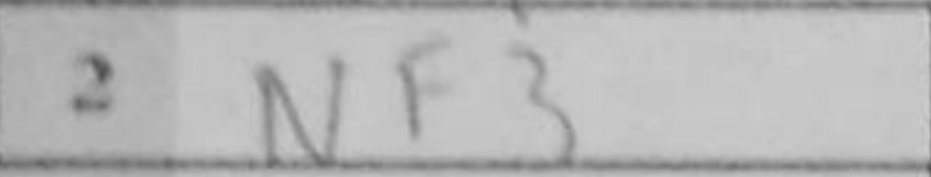
Transcription: Nf3